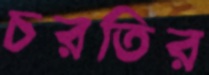
চরতির